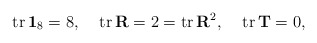
\begin{align*}{\rm tr}\,\mathbf{1}_{8}=8,\;\;\;\;{\rm tr}\, \mathbf{R}=2= {\rm tr}\, \mathbf{R}^2,\;\;\;\;{\rm tr}\,\mathbf{T}=0,\end{align*}